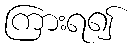
ကြားရ၍